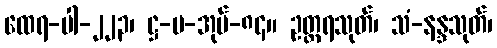
ထေရ-ပါ-၂၂၃၊ ဋ္ဌ-ပ-အုပ်-၈၄။ ဥတ္တရသုတ်၊ သံ-နန္ဒသုတ်၊